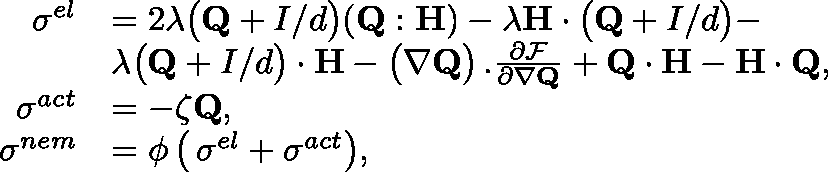
\begin{array} { r l } { \allowdisplaybreaks \mathbf { \sigma } ^ { e l } } & { = 2 \lambda \big ( \mathbf { Q } + \mathbb { I } / d \big ) ( \mathbf { Q : H } ) - \lambda \mathbf { H } \cdot \big ( \mathbf { Q } + \mathbb { I } / d \big ) - } \\ & { \lambda \big ( \mathbf { Q } + \mathbb { I } / d \big ) \cdot \mathbf { H } - \big ( \nabla \mathbf { Q } \big ) \, . \frac { \partial \mathcal F } { \partial \nabla \mathbf { Q } } + \mathbf { Q \cdot H } - \mathbf { H \cdot Q } , } \\ { \mathbf { \sigma } ^ { a c t } } & { = - \zeta \mathbf { Q } , } \\ { \mathbf { \sigma } ^ { n e m } } & { = \phi \, \big ( \, \mathbf { \sigma } ^ { e l } + \mathbf { \sigma } ^ { a c t } \big ) , } \end{array}